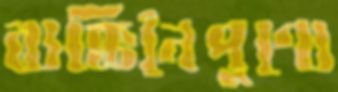
ব্যক্তিনৈপুণ্যে